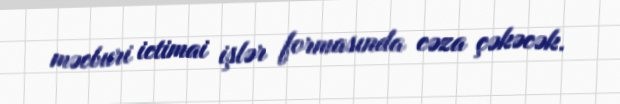
məcburi ictimai işlər formasında cəza çəkəcək.